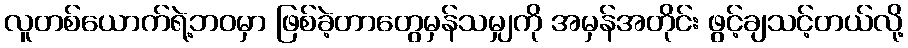
လူတစ်ယောက်ရဲ့ဘဝမှာ ဖြစ်ခဲ့တာတွေမှန်သမျှကို အမှန်အတိုင်း ဖွင့်ချသင့်တယ်လို့